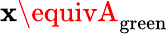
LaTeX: \mathbf{x}\equivA_{\mathrm{{green}}}